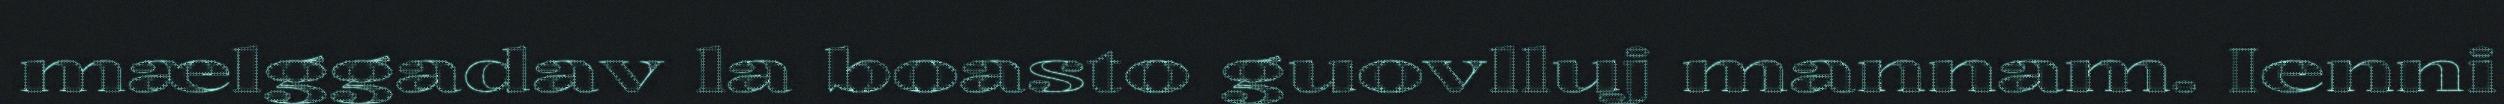
mælggadav la boasto guovlluj mannam. Ienni